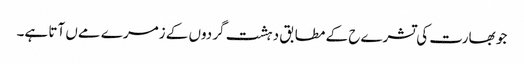
جو بھارت کی تشرےح کے مطابق دہشت گردوں کے زمرے مےں آتا ہے۔